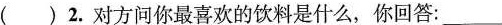
( )2.对方间你最喜欢的饮料是什么,你回答:___